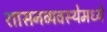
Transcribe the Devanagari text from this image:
शासनव्यवस्थेमध्ये